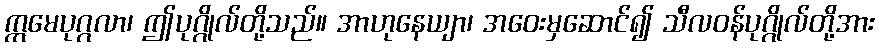
ဣမေပုဂ္ဂလာ၊ ဤပုဂ္ဂိုလ်တို့သည်။ အာဟုနေယျာ၊ အဝေးမှဆောင်၍ သီလဝန်ပုဂ္ဂိုလ်တို့အား